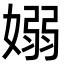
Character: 嫋